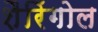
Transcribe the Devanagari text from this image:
शैरिंगोल